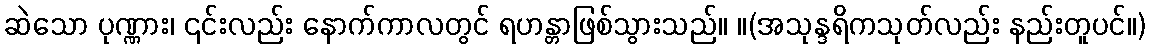
ဆဲသော ပုဏ္ဏား၊ ၎င်းလည်း နောက်ကာလတွင် ရဟန္တာဖြစ်သွားသည်။ ။(အသုန္ဒရိကသုတ်လည်း နည်းတူပင်။)